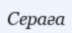
Сераға